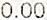
0.00